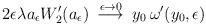
LaTeX: \begin{align*}2 \epsilon \lambda a_{\epsilon} W_2'(a_{\epsilon}) \> \stackrel{\epsilon \to 0}{\longrightarrow} \> y_0 \, \omega'(y_0,\epsilon)\end{align*}